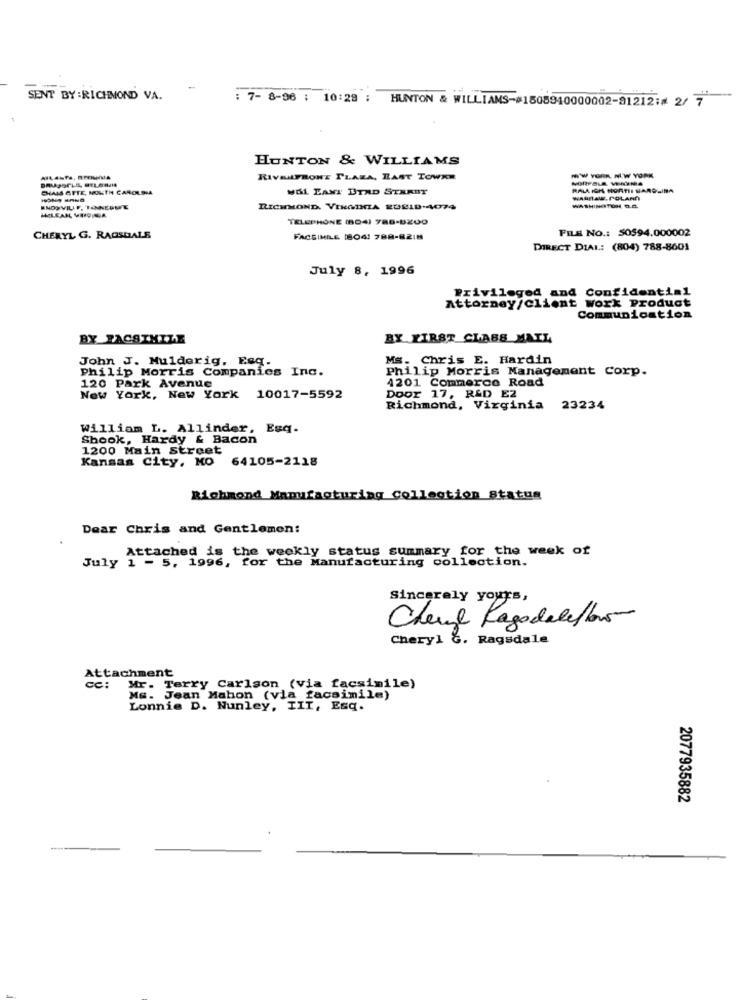
SENT BY :RICHMOND VA.
: 7- 8-96 : 10:29 ;
HUNTON & WILLIAMS-#1508940000002-91212;# 2/ 7
HUNTON & WILLIAMS
RIVELFRONT PLAZA, LAST TOWKM
-W YORK NEW YORK
CHAIS OFTE, NORTH CAROLINA
MÅL EANT ETAD STREET
RALL ICH HORTII SARDLINA
WARSAW, POLAND
MNDOVILLE, TANNERME
RICHMOND. VINGDIA EUELD-4074
WASHINGTON, D.O.
HELEAN, VIOPONGA
TELEPHONE (804) 788-8ZOO
FILE NO .: 50594.000002
CHERYL G. RAGSDALE
FACSIMILE 18041 788-8218
DIRECT DIAL: (804) 788-8601
July 8, 1996
Privileged and Confidential
Attorney/client Work Product
Communication
BY FACSIMILE
BY FIRST CLASS MAIL
John J. Mulderig, Esq.
Ms. Chris E. Hardin
Philip Morris Companies Inc.
Philip Morris Management Corp.
4201 Commerce Road
120 Park Avenue
New York, New York 10017-5592
Door 17, R&D E2
Richmond, Virginia 23234
William L. Allinder, Esq.
Shook, Hardy & Bacon
1200 Main street
Kansas City, MO 64105-2118
Richmond Manufacturing Collection Status
Dear Chris and Gentlemen:
Attached is the weekly status summary for the week of
July 1 - 5, 1996, for the Manufacturing collection.
Sincerely yours,
Chevre Kagodalellos
Cheryl G. Ragsdale
Attachment
cc: Mr. Terry Carlson (via facsimile)
Ms. Jean Mahon (via facsimile)
Lonnie D. Nunley, III, Esq.
2077935882